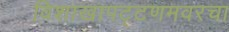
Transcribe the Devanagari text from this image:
विशाखापट्टणमवरचा